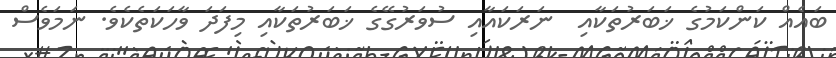
ބައެއް ކަންކަމުގެ ޚަބަރުތަކާއި  ނަރަކައާއި ސުވަރުގޭގެ ޚަބަރުތަކާއި މިފަދަ ވާހަކަތެކެވެ. ނަމަވެސް